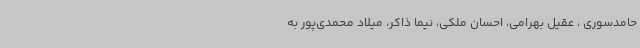
حامدسوری ، عقیل بهرامی، احسان ملکی، نیما ذاکر، میلاد محمدی‌پور به